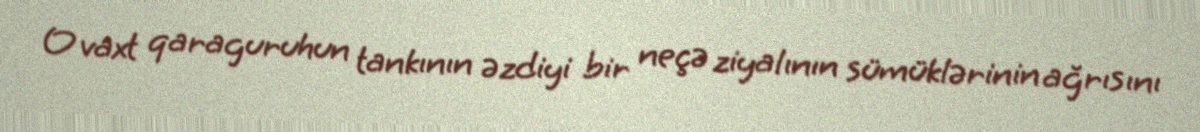
O vaxt qaraguruhun tankının əzdiyi bir neçə ziyalının sümüklərinin ağrısını